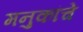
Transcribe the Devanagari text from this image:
मनुकांचे